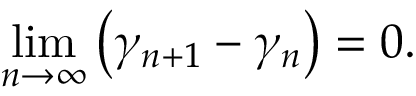
\operatorname* { l i m } _ { n \rightarrow \infty } \left( \gamma _ { n + 1 } - \gamma _ { n } \right) = 0 .